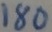
Text: 180